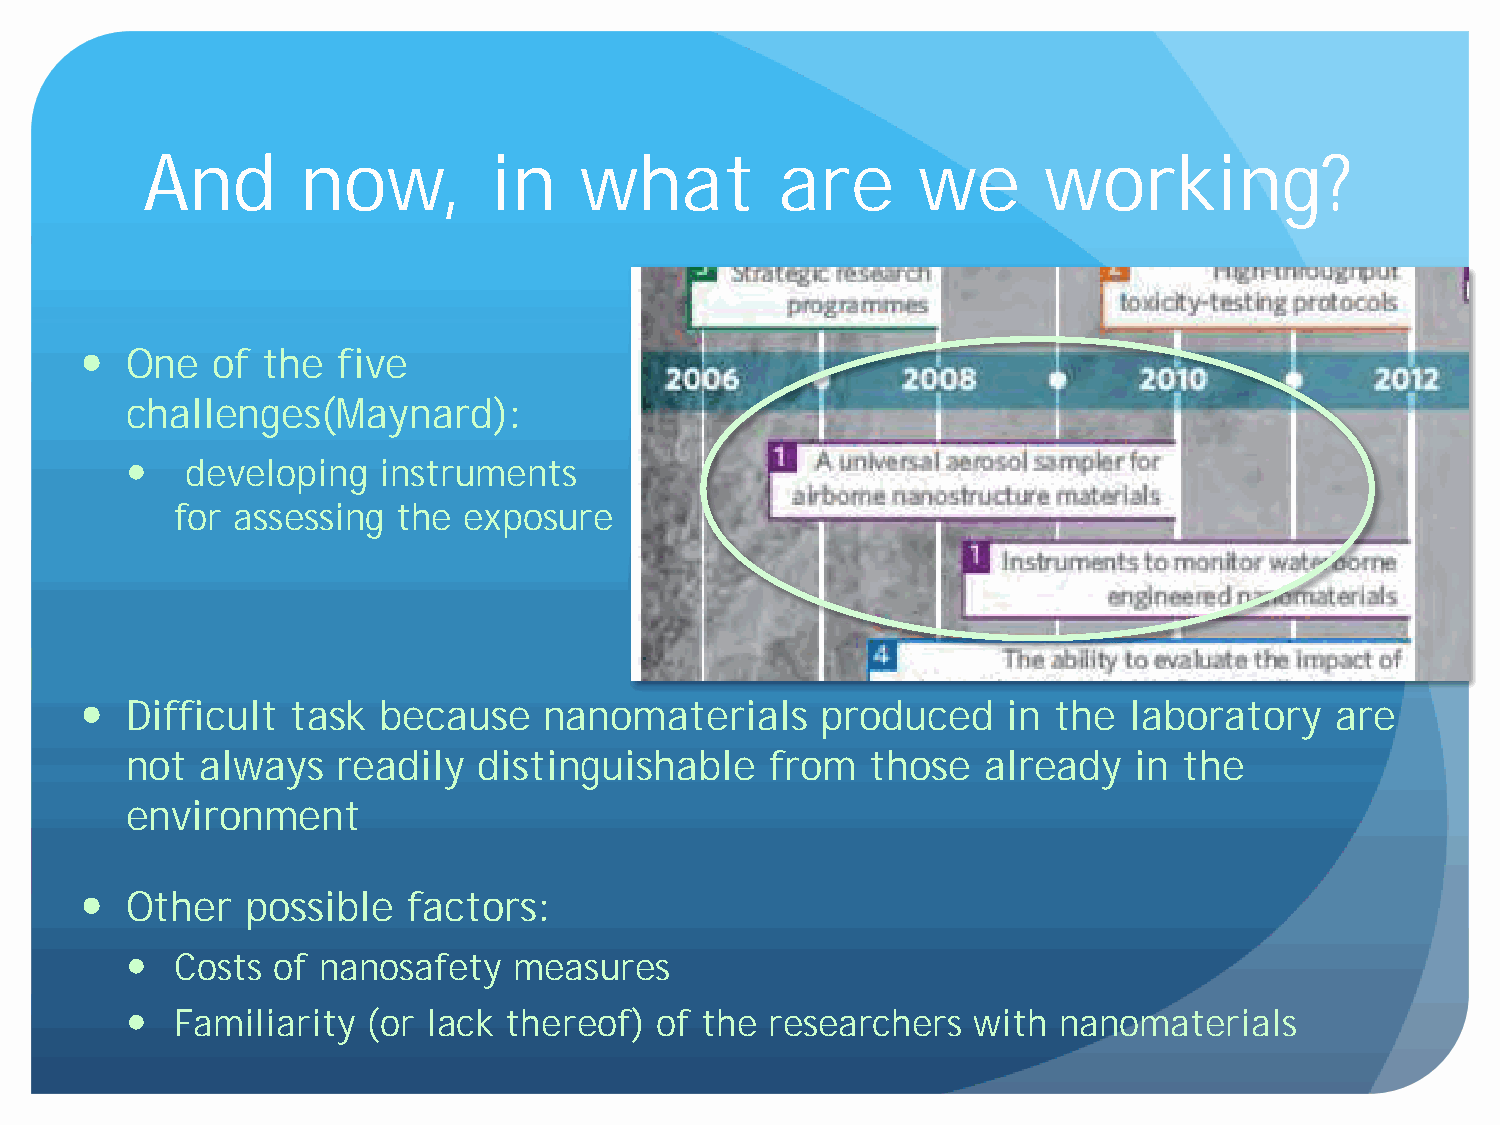
And        now,        in    what          are      we      working?
  One   of the  five
 challenges(Maynard):
   developing   instruments
 for assessing  the  exposure
  Difficult  task  because    nanomaterials     produced     in the  laboratory   are
 not  always   readily   distinguishable    from   those  already   in the
 environment
  Other   possible   factors:
   Costs of nanosafety   measures
   Familiarity (or lack  thereof) of the  researchers  with  nanomaterials